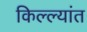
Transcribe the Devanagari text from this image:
किल्ल्यांत